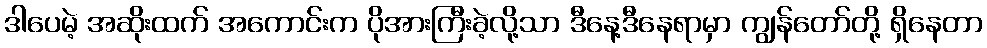
ဒါပေမဲ့ အဆိုးထက် အကောင်းက ပိုအားကြီးခဲ့လို့သာ ဒီနေ့ဒီနေရာမှာ ကျွန်တော်တို့ ရှိနေတာ